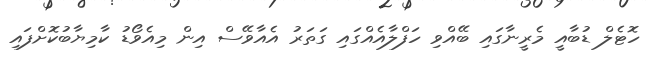
ހޮޓެލް ޑުބާއީ މެރީނާގައި ބޭއްވި ހަފްލާއެއްގައި ގަތަރު އެއާވޭސް އިން މިއެވޯޑު ކާމިޔާބުކޮށްފައި